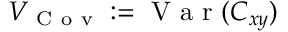
V _ { \mathrm { ~ C ~ o ~ v ~ } } : = \mathrm { ~ V ~ a ~ r ~ } ( C _ { x y } )